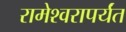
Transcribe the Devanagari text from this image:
रामेश्वरापर्यंत